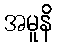
အမူနိ